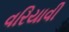
વરિયાવી